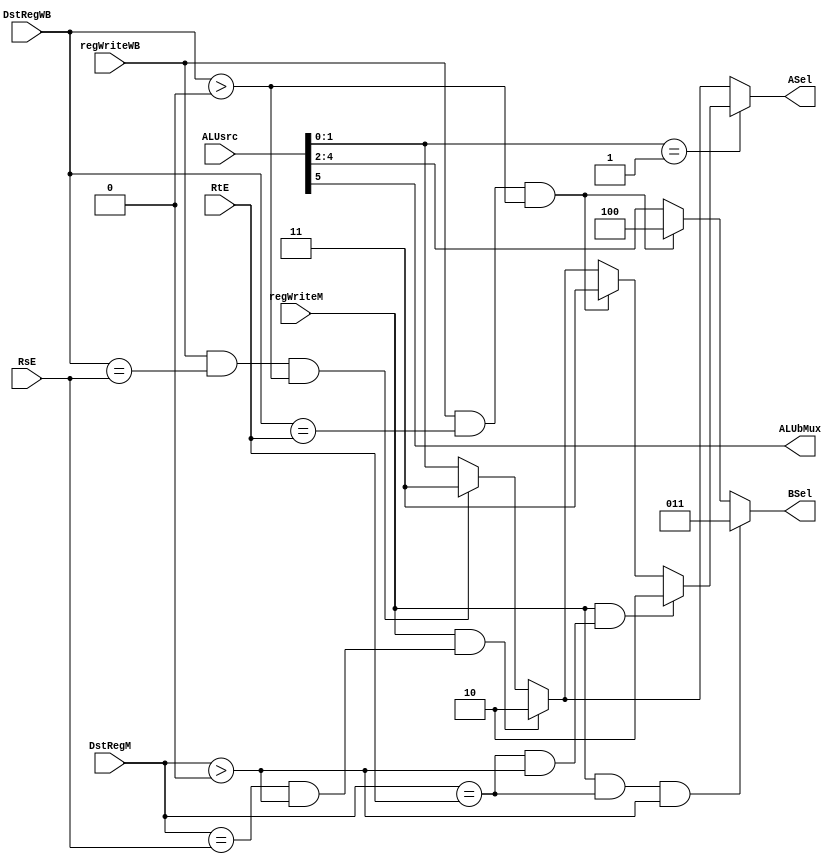
`timescale 1ns / 1ps
//////////////////////////////////////////////////////////////////////////////////
// Company: 
// Engineer: 
// 
// Design Name: 
// Module Name: forward
// Project Name: 
// Target Devices: 
// Tool Versions: 
// Description: 
// 
// Dependencies: 
// 
// Revision:
// Revision 0.01 - File Created
// Additional Comments:
// 
//////////////////////////////////////////////////////////////////////////////////


module forwardEX(ALUsrc, regWriteM, regWriteWB, DstRegM, DstRegWB, RsE, RtE, ASel, BSel, ALUbMux);
    input regWriteM, regWriteWB;
    input [4:0]  DstRegM, DstRegWB, RsE, RtE;
    input [5:0] ALUsrc;// this is alu A and B input sources, they come form EX[].
    output reg [2:0]  BSel;
    output reg [1:0] ASel;
    output reg ALUbMux;
    
    
    always @(*) begin
    ASel <= ALUsrc[1:0];
    BSel <= ALUsrc[4:2];
    ALUbMux <= ALUsrc[5];
    if((regWriteM && ((DstRegM==RsE) && (DstRegM > 0)))) begin
    ASel<=2;
    end  
    else if(regWriteWB && (DstRegWB==RsE) && (DstRegWB > 0)) begin
    ASel<=3;
    end
    
    if(ALUsrc[1:0]==1)begin
        if((regWriteM && ((DstRegM==RtE) && (DstRegM > 0)))) begin
        ASel<=2;
        end  
        else if(regWriteWB && (DstRegWB==RtE) && (DstRegWB > 0)) begin
        ASel<=3;
        end
    end

    if(regWriteM && (DstRegM==RtE)&& (DstRegM > 0)) begin
    BSel <= 3;
    end
    else if(regWriteWB && (DstRegWB==RtE) && (DstRegWB > 0)) begin
    BSel <= 4;
    end 
    
    end
    
endmodule